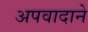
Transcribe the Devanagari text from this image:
अपवादाने